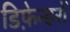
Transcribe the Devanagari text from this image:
डिफ़ेन्डरों